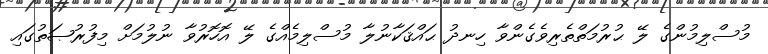
މުސްލިމުންގެ ލޭ ޙުރުމަތްތެރިވެގެންވާ ހިނދު ޙައްޤަކާނުލާ މުސްލިމެއްގެ ލޭ އޮހޮރުވާ ނުލުމަށް މިފުރުޞަތުގައި